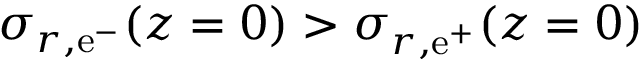
\sigma _ { r , { \mathrm { e } ^ { - } } } ( z = 0 ) > \sigma _ { r , { \mathrm { e } ^ { + } } } ( z = 0 )